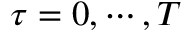
\tau = 0 , \cdots , T